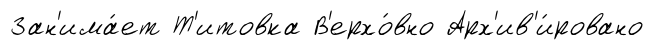
Зан'има́ет Т'итовка В'ерхо́вно Арх'ив'и́ровано